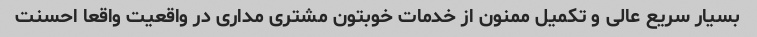
بسیار سریع عالی و تکمیل ممنون از خدمات خوبتون مشتری مداری در واقعیت واقعا احسنت